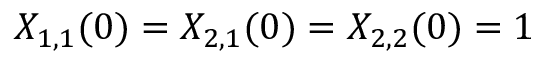
X _ { 1 , 1 } ( 0 ) = X _ { 2 , 1 } ( 0 ) = X _ { 2 , 2 } ( 0 ) = 1